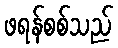
ဖရန်စစ်သည်